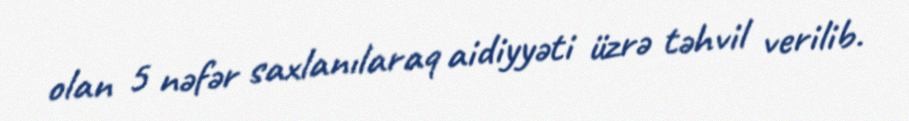
olan 5 nəfər saxlanılaraq aidiyyəti üzrə təhvil verilib.